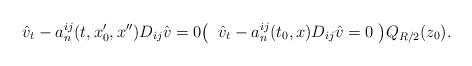
LaTeX: \begin{align*}\hat v_t-a_n^{ij}(t, x_0',x'')D_{ij}\hat v=0 \bigl(\; \; \hat v_t-a_n^{ij}(t_0, x) D_{ij}\hat v=0\;\bigr) Q_{R/2}(z_0).\end{align*}